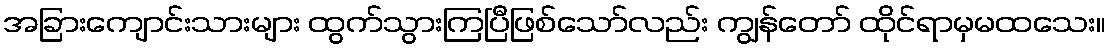
အခြားကျောင်းသားများ ထွက်သွားကြပြီဖြစ်သော်လည်း ကျွန်တော် ထိုင်ရာမှမထသေး။